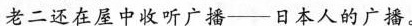
老二还在屋中收听广播—日本人的广播